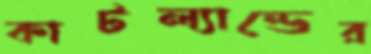
কাটল্যান্ডের